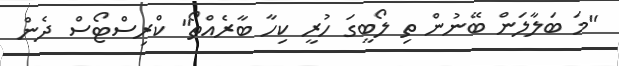
"މަ ބަލާލަން ބޭނުން ތި ލޯބީގަ ހުރީ ކިހާ ބާރެއްތޯ" ކްރިސްޓޯސް ދެން